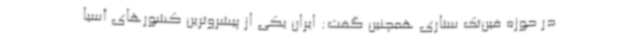
در حوزه فین‌تک ستاری همچنین گفت: ایران یکی از پیشروترین کشورهای آسیا